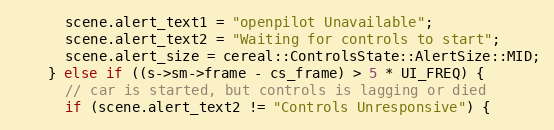
Language: C++
      scene.alert_text1 = "openpilot Unavailable";
      scene.alert_text2 = "Waiting for controls to start";
      scene.alert_size = cereal::ControlsState::AlertSize::MID;
    } else if ((s->sm->frame - cs_frame) > 5 * UI_FREQ) {
      // car is started, but controls is lagging or died
      if (scene.alert_text2 != "Controls Unresponsive") {